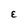
Character: E